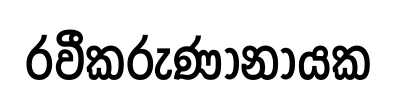
රවීකරුණානායක